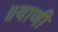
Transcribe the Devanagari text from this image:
॥वाणी